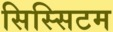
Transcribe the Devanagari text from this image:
सिस्सिटम